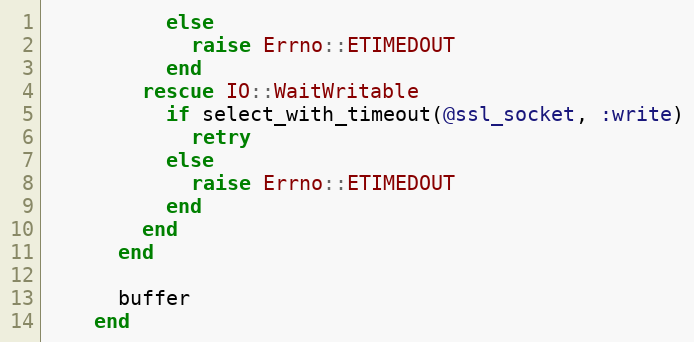
Language: Ruby
          else
            raise Errno::ETIMEDOUT
          end
        rescue IO::WaitWritable
          if select_with_timeout(@ssl_socket, :write)
            retry
          else
            raise Errno::ETIMEDOUT
          end
        end
      end

      buffer
    end